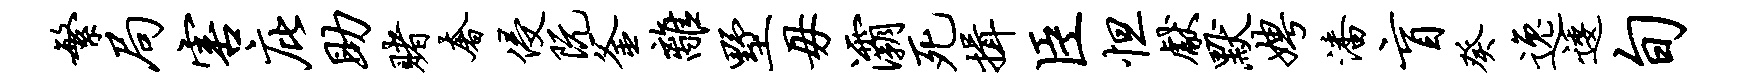
繁局害庇助赌奢侵阮釜离墅毋灞死揖臣怛献默娉潘盲癸逸逶旬